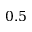
0 . 5